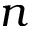
n